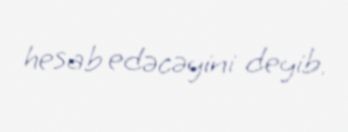
hesab edəcəyini deyib.